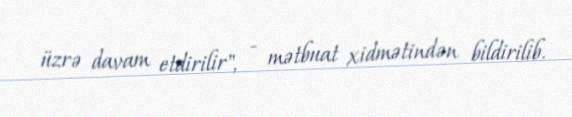
üzrə davam etdirilir", - mətbuat xidmətindən bildirilib.